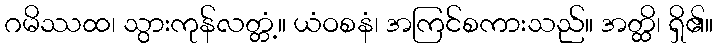
ဂမိဿထ၊ သွားကုန်လတ္တံ့။ ယံဝစနံ၊ အကြင်စကားသည်။ အတ္ထိ၊ ရှိ၏။